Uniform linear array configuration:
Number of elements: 32
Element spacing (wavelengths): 0.75
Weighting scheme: exponential
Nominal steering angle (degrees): -30
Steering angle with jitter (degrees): -30.327
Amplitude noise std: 0.05
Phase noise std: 0.05

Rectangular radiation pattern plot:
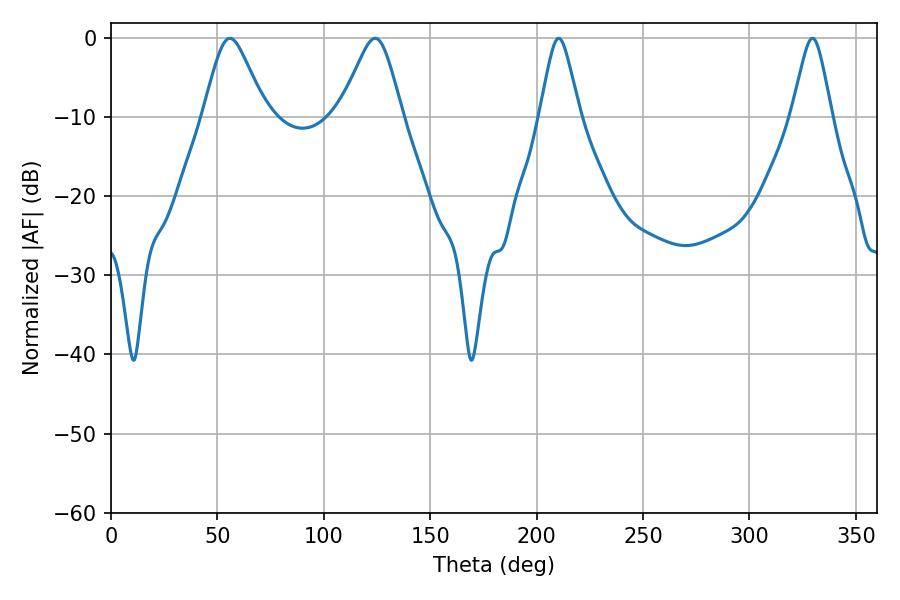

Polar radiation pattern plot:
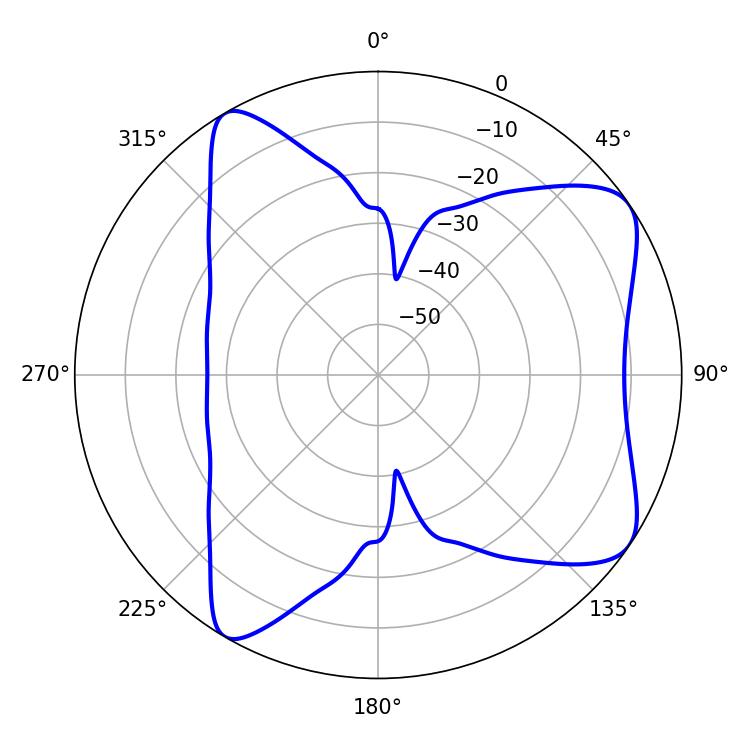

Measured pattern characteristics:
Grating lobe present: TRUE
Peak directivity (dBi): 7.846
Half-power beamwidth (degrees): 14.04
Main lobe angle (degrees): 55.8